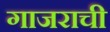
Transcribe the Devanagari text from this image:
गाजराची